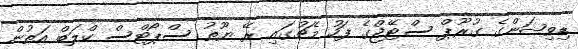
ޑިވިޝަންގެ ގުރޫޕް ސްޓޭޖްގެ ފަހު މެޗުގައި ރޭ ޔޫތު ސްޕޯޓްސް ކްލަބް އަތުން